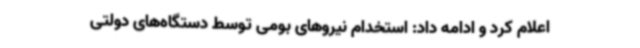
اعلام کرد و ادامه داد: استخدام نیروهای بومی توسط دستگاه‌های دولتی